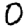
Digit: 0